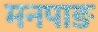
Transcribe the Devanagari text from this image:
मनपाङ